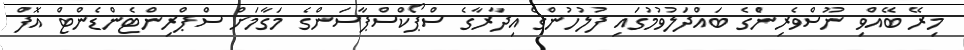
މިރޭ ބޭއްވި ނޫސްވެރިންެގެ ބައްދަލުވުމުގައި ފުލުހުންގެ އިދާރާގެ ސްޕޯކްސްޕާސަންގެ މަގާމަށް ސްޕްރިންޓެންޑެންޓް އޮފް